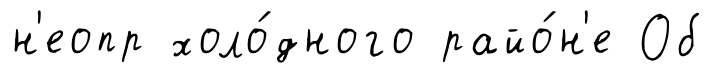
н'еопр холо́дного райо́н'е Об